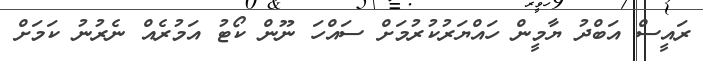
ރައީސް އަބްދު ޔާމީން ހައްޔަރުކުރުމަށް ސައްހަ ނޫން ކޯޓު އަމުރެއް ނެރުނު ކަމަށް